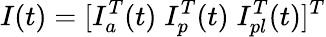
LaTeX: I(t)=[I_{a}^{T}(t)\; I_{p}^{T}(t)\; I_{pl}^{T}(t)]^{T}